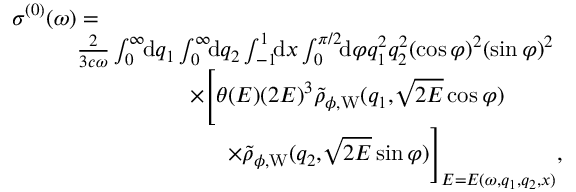
\begin{array} { r } { \sigma ^ { ( 0 ) } ( \omega ) = \phantom { x x x x x x x x x x x x x x x x x x x x x x x x x x x x x x x x x x x x x x x x x } } \\ { \frac { 2 } { 3 c \omega } \int _ { 0 } ^ { \infty } \! \! \ensuremath { \mathrm { d } } q _ { 1 } \int _ { 0 } ^ { \infty } \! \! \ensuremath { \mathrm { d } } q _ { 2 } \int _ { - 1 } ^ { 1 } \! \! \ensuremath { \mathrm { d } } x \int _ { 0 } ^ { \pi / 2 } \! \! \ensuremath { \mathrm { d } } \varphi q _ { 1 } ^ { 2 } q _ { 2 } ^ { 2 } ( \cos \varphi ) ^ { 2 } ( \sin \varphi ) ^ { 2 } \phantom { x x x x x } } \\ { \times \Biggl [ \theta ( E ) ( 2 E ) ^ { 3 } \tilde { \rho } _ { \phi , \mathrm { W } } ( q _ { 1 } , \! \sqrt { 2 E } \cos \varphi ) \phantom { x x x x x x x x x } } \\ { \times \tilde { \rho } _ { \phi , \mathrm { W } } ( q _ { 2 } , \! \sqrt { 2 E } \sin \varphi ) \Biggl ] _ { E = E ( \omega , q _ { 1 } , q _ { 2 } , x ) } , \phantom { x x x x } } \end{array}